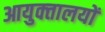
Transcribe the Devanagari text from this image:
आयुक्‍तालयों